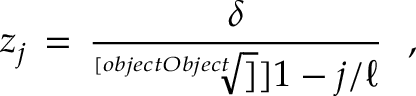
z _ { j } \, = \, { \frac { \delta } { \sqrt [ [object Object] ] ] { 1 - j / \ell } } } \, \, \, \, ,